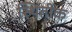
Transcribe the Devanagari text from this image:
स्थितीक